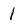
Character: 1